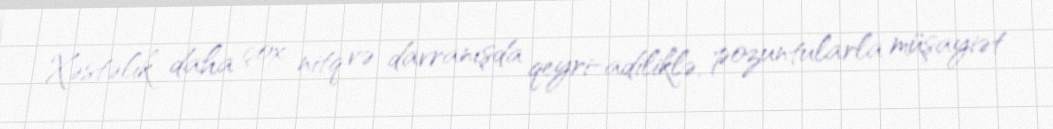
Xəstəlik daha çox nitq və davranışda qeyri-adiliklə, pozuntularla müşayiət